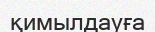
қимылдауға